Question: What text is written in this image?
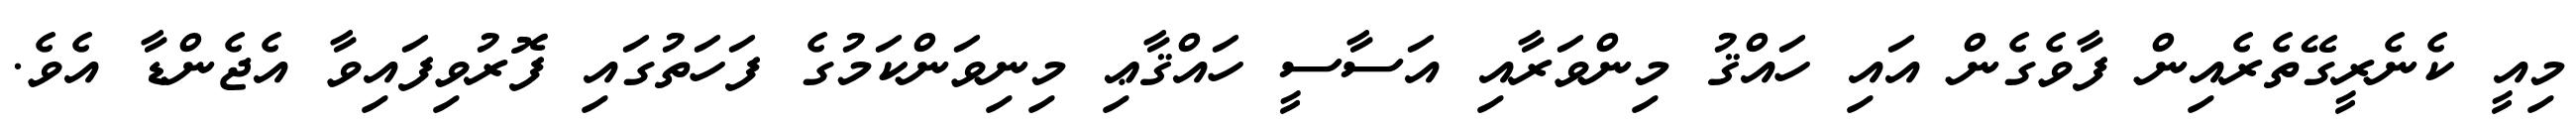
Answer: މިއީ ކެނެރީގޭތެރެއިން ފާވެގެން އައި ހައްޤު މިންވަރާއި އަސާސީ ހައްޤާޢި މިނިވަންކަމުގެ ފަހަތުގައި ފޮރުވިފައިވާ އެޖެންޑާ އެވެ.